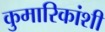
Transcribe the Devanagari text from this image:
कुमारिकांशी